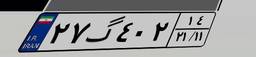
۲۷گ۴۰۲۱۴